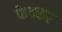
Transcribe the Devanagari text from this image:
फेक्कर